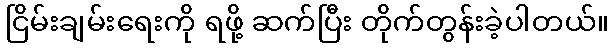
ငြိမ်းချမ်းရေးကို ရဖို့ ဆက်ပြီး တိုက်တွန်းခဲ့ပါတယ်။